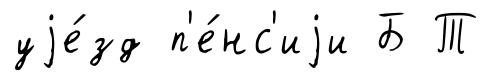
уjе́зд п'е́нс'иjи Б Т